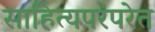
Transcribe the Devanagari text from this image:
साहित्यपरंपरेत